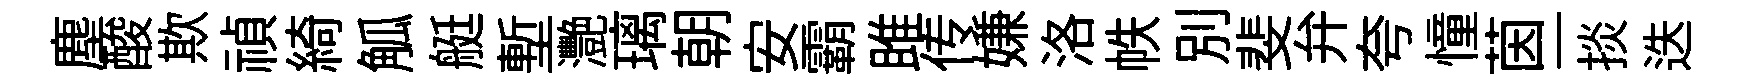
塵酸欺禎綺觚艇塹灧璃朝安霸雎传嫌洛帙别斐弁夸憧茵一掞迭